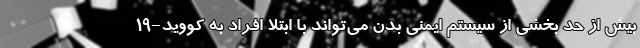
بیش از حد بخشی از سیستم ایمنی بدن می‌تواند با ابتلا افراد به کووید-۱۹